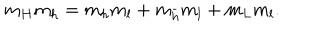
m _ { H } m _ { h } = m _ { h } m _ { l } + m _ { { \bar { h } } } m _ { l } + m _ { L } m _ { l } .